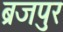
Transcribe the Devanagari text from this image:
ब्रजपुर